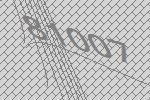
81007